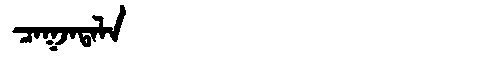
Manchu: ᠴᠠᡴᠵᠠᡨᠠᠯᠠ
Romanization: CAKJATALA